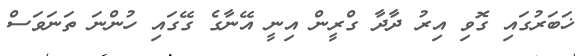
ޚަބަރުގައި ގޮވި އިރު ދާދާ ގްރީން އިނީ އޭނާގެ ގޭގައި ހުންނަ ތަނަވަސް